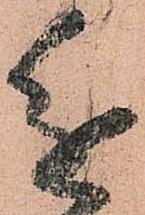
進